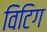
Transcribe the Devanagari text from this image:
विटिग